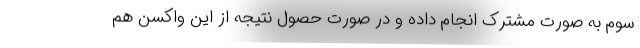
سوم به صورت مشترک انجام داده و در صورت حصول نتیجه از این واکسن هم